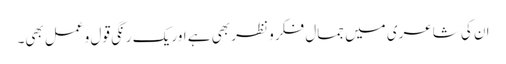
ان کی شاعری میں جمال فکر و نظر بھی ہے اور یک رنگیِ قول و عمل بھی۔